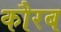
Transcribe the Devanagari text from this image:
कौरब